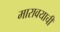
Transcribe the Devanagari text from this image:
मारावयाची